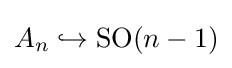
A_{n}\hookrightarrow \operatorname {SO} (n-1)